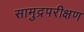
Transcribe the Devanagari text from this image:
सामुद्रपरीक्षण